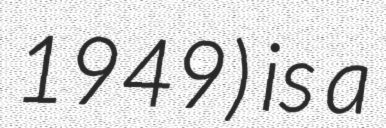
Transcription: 1949) is a